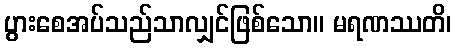
ပွားစေအပ်သည်သာလျှင်ဖြစ်သော။ မရဏဿတိ၊